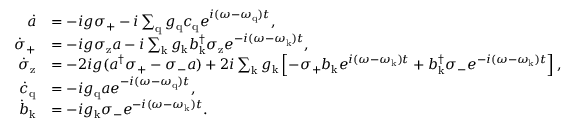
\begin{array} { r l } { \dot { a } } & { = - i g \sigma _ { \mathrm { + } } - i \sum _ { \mathrm { q } } g _ { \mathrm { q } } c _ { \mathrm { q } } e ^ { i ( \omega - \omega _ { \mathrm { q } } ) t } , } \\ { \dot { \sigma } _ { \mathrm { + } } } & { = - i g \sigma _ { \mathrm { z } } a - i \sum _ { \mathrm { k } } g _ { \mathrm { k } } b _ { \mathrm { k } } ^ { \dagger } \sigma _ { \mathrm { z } } e ^ { - i ( \omega - \omega _ { \mathrm { k } } ) t } , } \\ { \dot { \sigma } _ { \mathrm { z } } } & { = - 2 i g ( a ^ { \dagger } \sigma _ { \mathrm { + } } - \sigma _ { \mathrm { - } } a ) + 2 i \sum _ { \mathrm { k } } g _ { \mathrm { k } } \left[ - \sigma _ { \mathrm { + } } b _ { \mathrm { k } } e ^ { i ( \omega - \omega _ { \mathrm { k } } ) t } + b _ { \mathrm { k } } ^ { \dagger } \sigma _ { \mathrm { - } } e ^ { - i ( \omega - \omega _ { \mathrm { k } } ) t } \right] , } \\ { \dot { c } _ { \mathrm { q } } } & { = - i g _ { \mathrm { q } } a e ^ { - i ( \omega - \omega _ { \mathrm { q } } ) t } , } \\ { \dot { b } _ { \mathrm { k } } } & { = - i g _ { \mathrm { k } } \sigma _ { \mathrm { - } } e ^ { - i ( \omega - \omega _ { \mathrm { k } } ) t } . } \end{array}